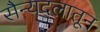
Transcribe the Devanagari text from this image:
सैन्यदलातून